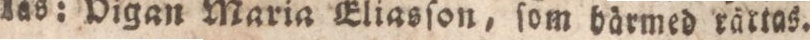
läs: Digan Maria Eliasſon, ſom bärmed rärtas.